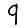
Digit: 9